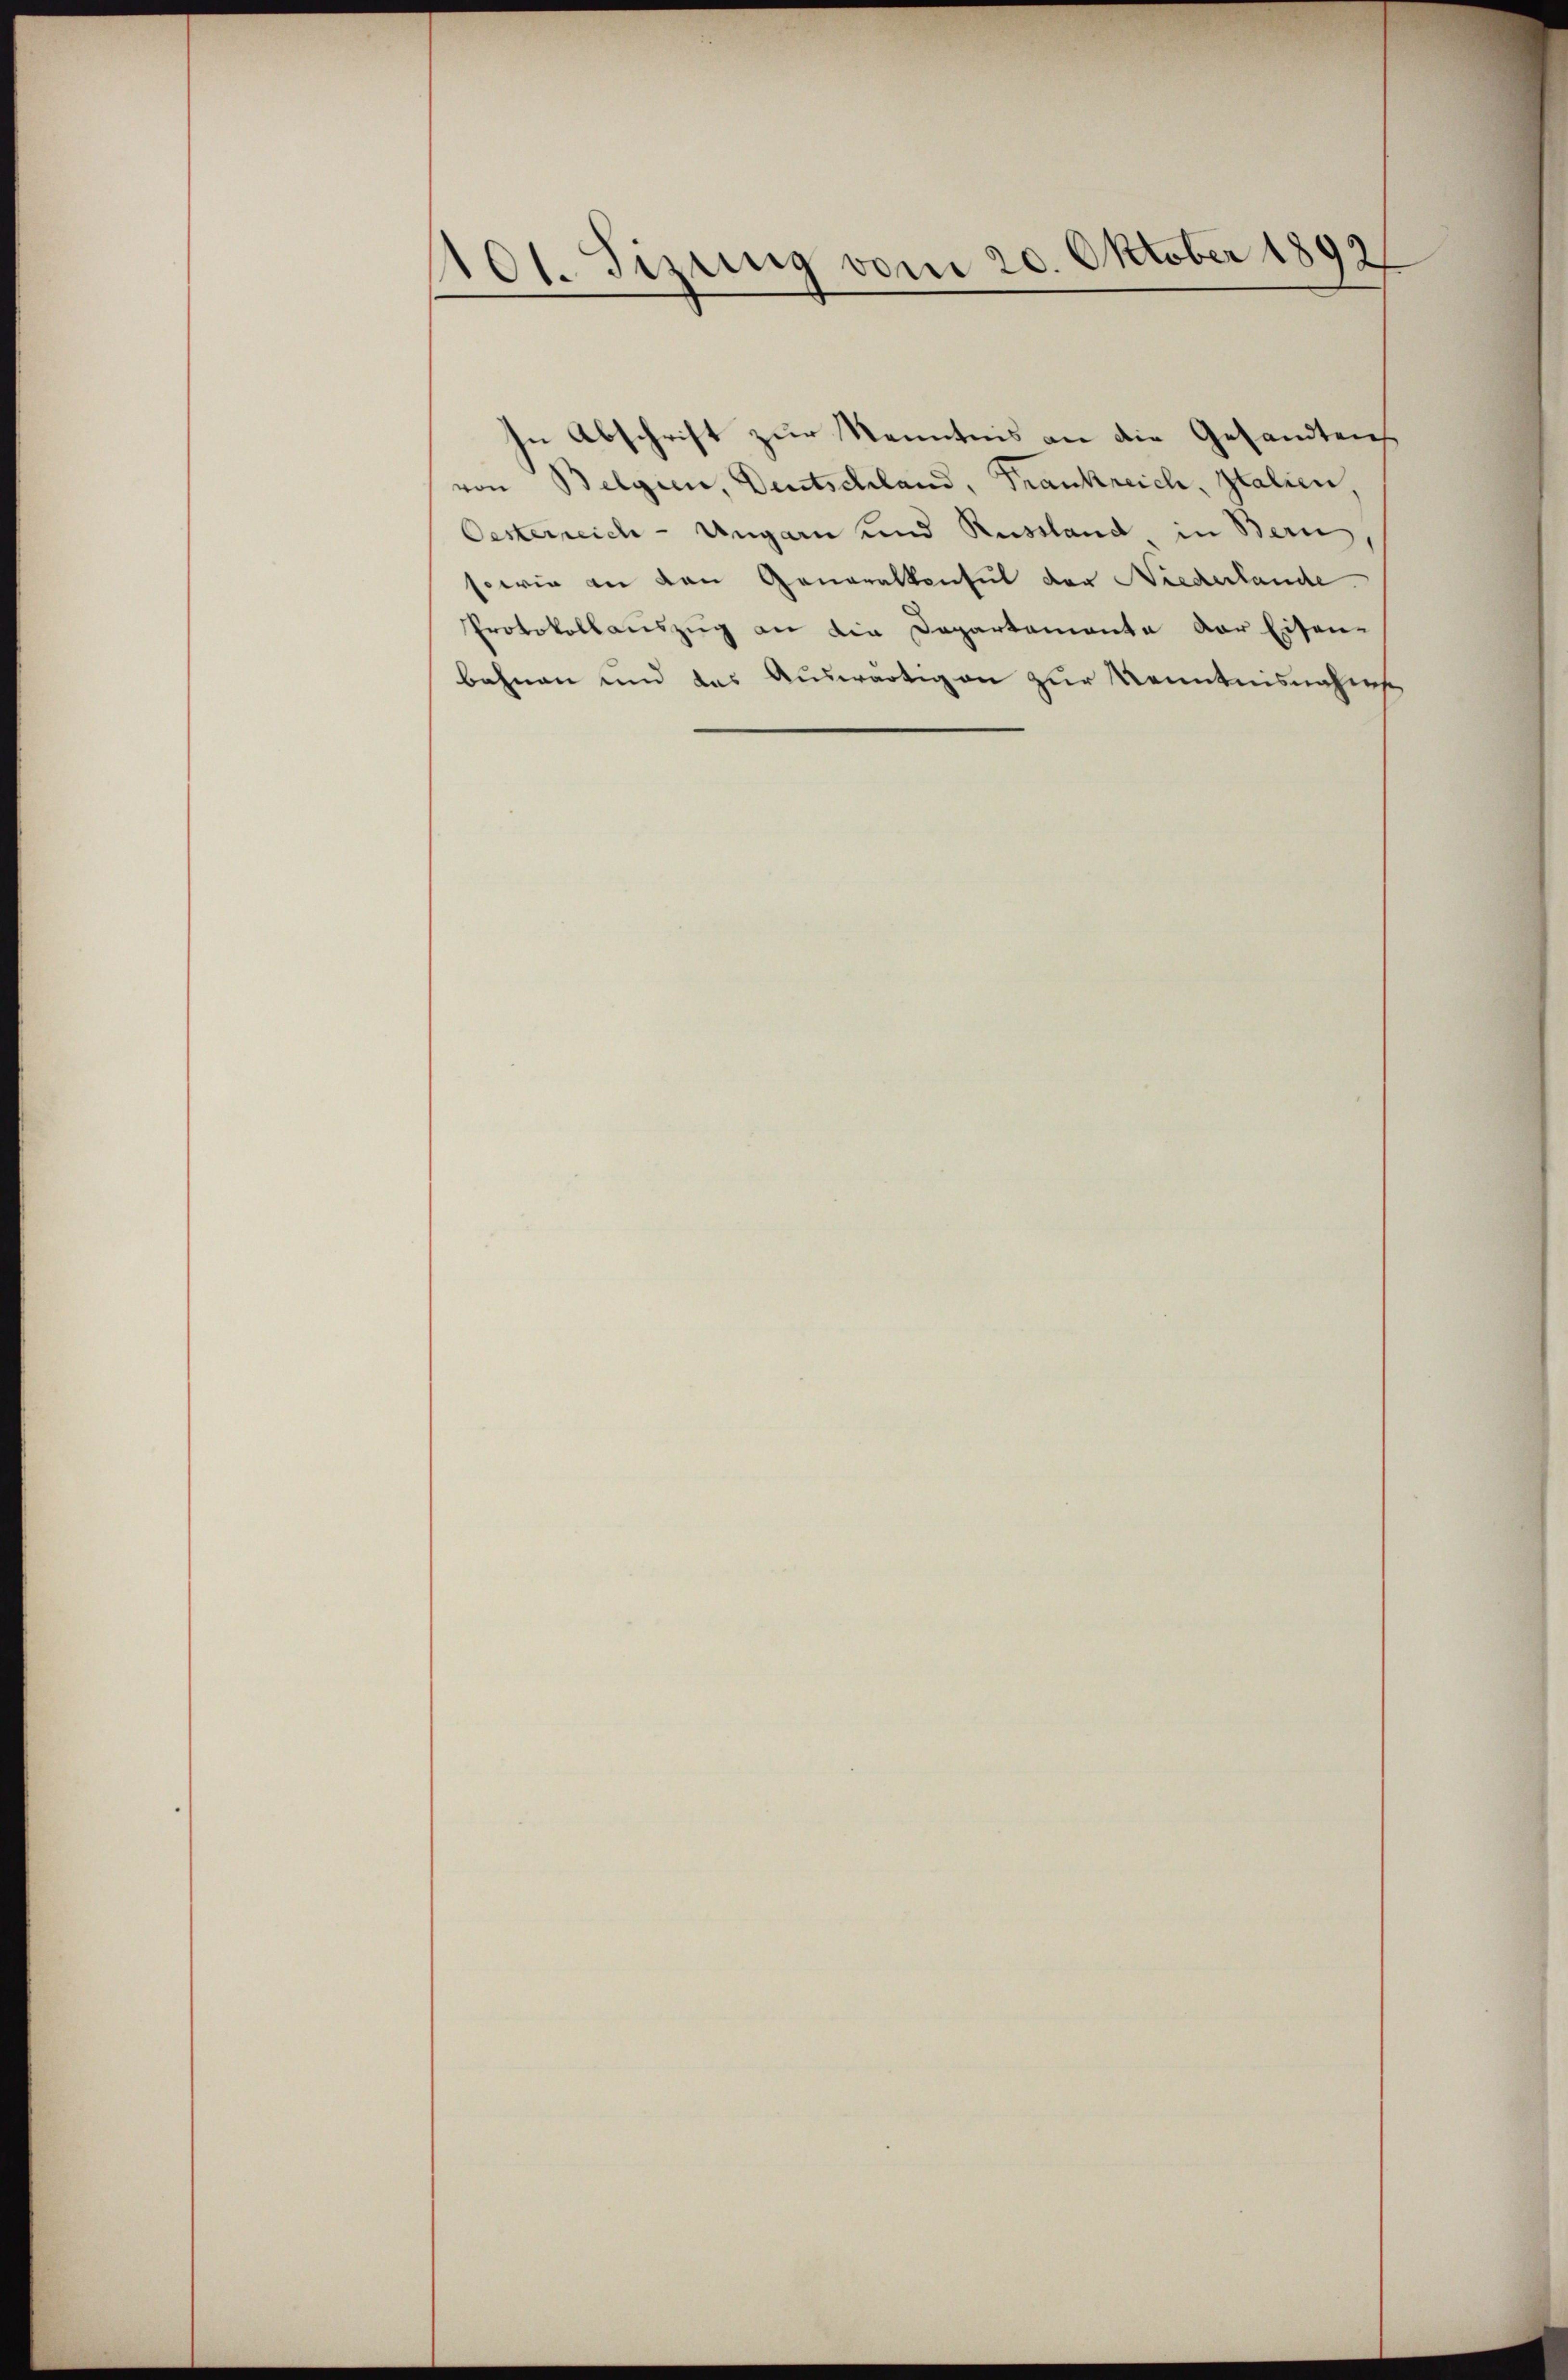
401. Sizung vom 20. Oktober 1892

In Abschrift zur Kenntnis an die Gesandtenvon Belgien, Deutschland, Frankreich, Italien
Oesterreich - Ungarn und Russland in Bern,
sowie an den Generalkonsul der Niederlande
Protokollauszug an die Departemente der Eisen-
bahnen und das Auswärtigen zur Kenntnisnahms